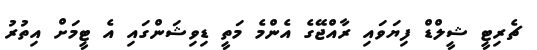
ޗެރިޓީ ޝީލްޑް ފިޔަވައި ރާއްޖޭގެ އެންމެ މަތީ ޑިވިޝަންގައި އެ ޓީމަށް އިތުރު